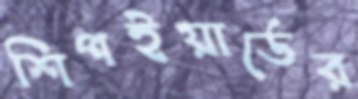
শিপইয়ার্ডের